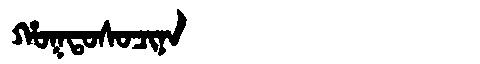
Manchu: ᡥᠣᡴᡨᠣᠰᠣᠴᡳᠨᠠ
Romanization: HOKTOSOCINA